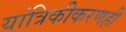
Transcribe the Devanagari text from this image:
यांत्रिकीकरणही